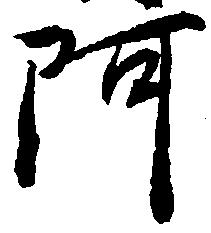
阿